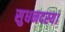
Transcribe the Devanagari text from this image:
सुधनदस्य।